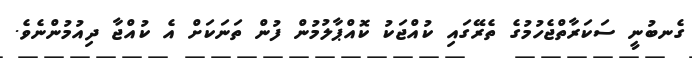
ގެނބުނީ ސަކަރާތްޖެހުމުގެ ތެރޭގައި ކުއްޖަކު ކޮއްޕާލުމުން ފުން ތަނަކަށް އެ ކުއްޖާ ދިއުމުންނެވެ.